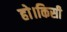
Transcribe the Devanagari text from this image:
हो।किसी